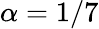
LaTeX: \alpha=1/7